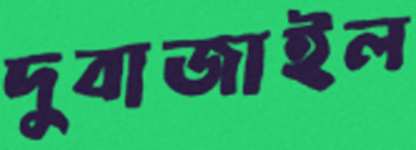
দুবাজাইল